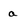
Character: a